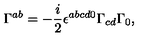
\Gamma ^ { a b } = - \frac i 2 \epsilon ^ { a b c d 0 } \Gamma _ { c d } \Gamma _ { 0 } ,